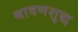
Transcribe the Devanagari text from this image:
श्रावणशुद्ध